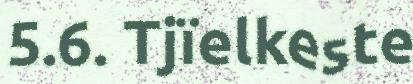
5.6. Tjïelkeste